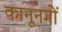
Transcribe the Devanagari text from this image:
कानूनगों